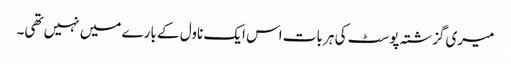
میری گزشتہ پوسٹ کی ہر بات اس ایک ناول کے بارے میں نہیں تھی۔